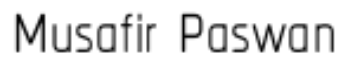
Musafir Paswan